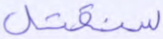
سنقتل